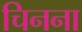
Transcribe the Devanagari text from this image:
चिनना